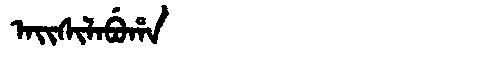
Manchu: ᠠᡳᠰᡳᠯᠠᠪᡠᡥᠠ
Romanization: AISILABUHA